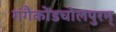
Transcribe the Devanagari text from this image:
गंगैकोंडचोलपुरम्